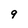
Character: 9